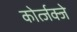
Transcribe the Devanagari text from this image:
कोर्त्जक्जे